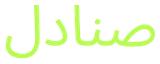
صنادل